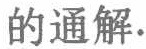
的通解.